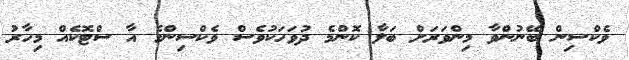
ވެކްސިން ބޭނުންވާ މިންވަރަށް ބަލާ ކޮންމެ ދުވަހަކުވެސް ވެކްސިންގެ އާ ސްޓޮކެއް މިހާރު